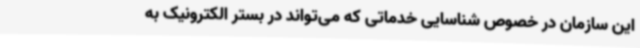
این سازمان در خصوص شناسایی خدماتی که می‌تواند در بستر الکترونیک به